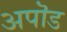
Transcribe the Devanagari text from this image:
अपॊड